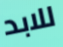
للابد